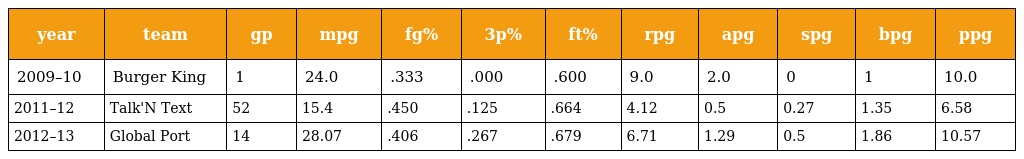
| year | team | gp | mpg | fg% | 3p% | ft% | rpg | apg | spg | bpg | ppg |
 | --- | --- | --- | --- | --- | --- | --- | --- | --- | --- | --- | --- |
 | 2009–10 | Burger King | 1 | 24.0 | .333 | .000 | .600 | 9.0 | 2.0 | 0 | 1 | 10.0 |
 | 2011–12 | Talk'N Text | 52 | 15.4 | .450 | .125 | .664 | 4.12 | 0.5 | 0.27 | 1.35 | 6.58 |
 | 2012–13 | Global Port | 14 | 28.07 | .406 | .267 | .679 | 6.71 | 1.29 | 0.5 | 1.86 | 10.57 |